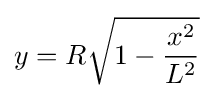
y=R{\sqrt {1-{x^{2} \over L^{2}}}}